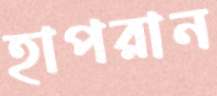
হাপরান